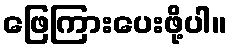
ဖြေကြားပေးဖို့ပါ။